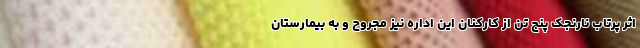
اثر پرتاب نارنجک پنج تن از کارکنان این اداره نیز مجروح و به بیمارستان